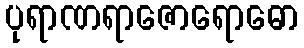
ပုရာဏရာဇောရောဓော